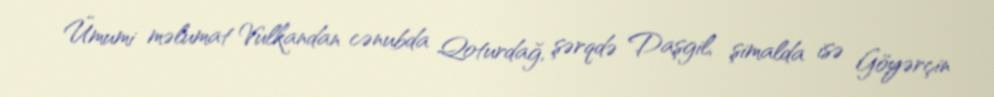
Ümumi məlumat Vulkandan cənubda Qoturdağ, şərqdə Daşgil, şimalda isə Göyərçin